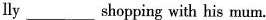
lly___shopping with his mum.